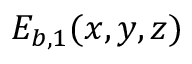
E _ { b , 1 } ( x , y , z )